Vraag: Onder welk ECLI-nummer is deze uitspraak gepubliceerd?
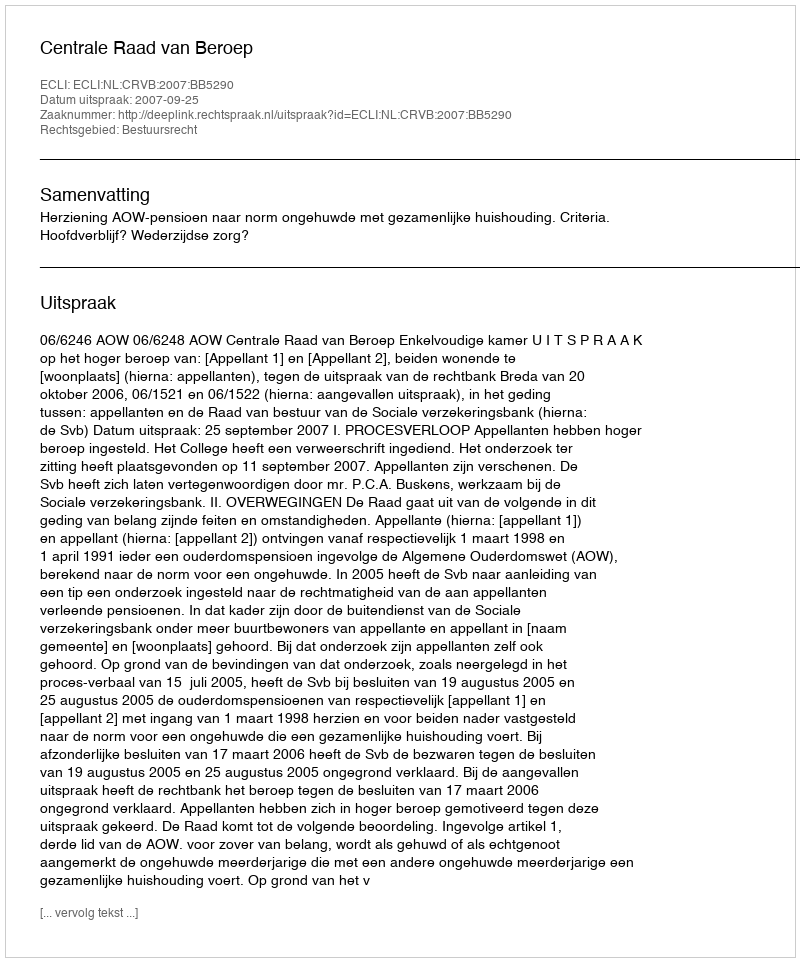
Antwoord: ECLI:NL:CRVB:2007:BB5290